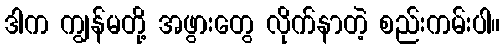
ဒါက ကျွန်မတို့ အဖွားတွေ လိုက်နာတဲ့ စည်းကမ်းပါ။